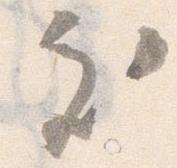
処